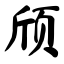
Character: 颀